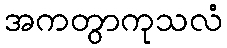
အကတွာကုသလံ